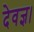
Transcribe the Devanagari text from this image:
देवज्ञ।